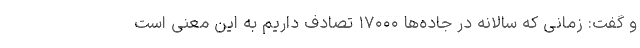
و گفت: زمانی که سالانه در جاده‌ها ۱۷۰۰۰ تصادف داریم به این معنی است